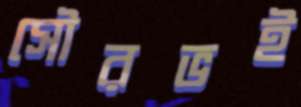
সৌরভই